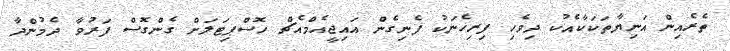
ތެރެއިން އަނިޔާތަކަކާއެކު ދިވެހި ފިރިހެނަކު ފެނިގެން އައިޖީއެމްއެޗް ހޮސްޕިޓަލަށް ގެންގޮސް ފަރުވާ ދެމުންދާ